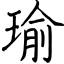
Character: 瑜